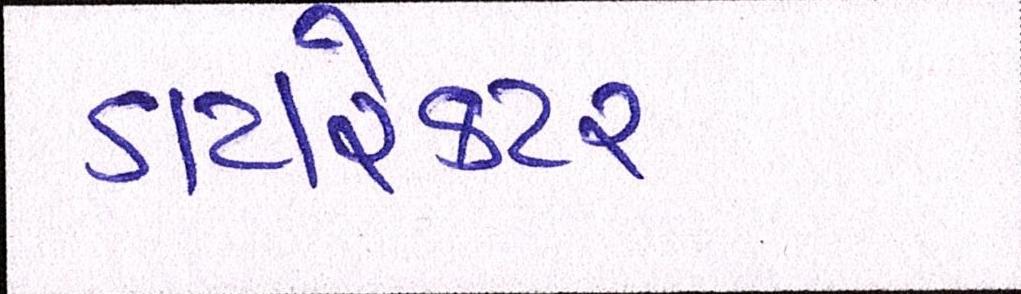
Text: ડાયરેકટર